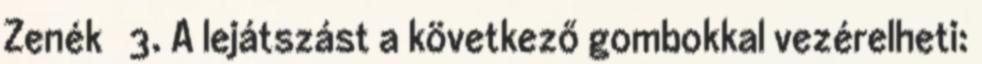
Zenék → 3. A lejátszást a következő gombokkal vezérelheti: